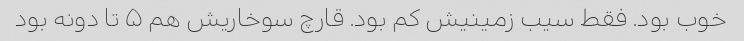
خوب بود. فقط سیب زمینیش کم بود. قارچ سوخاریش هم ۵ تا دونه بود